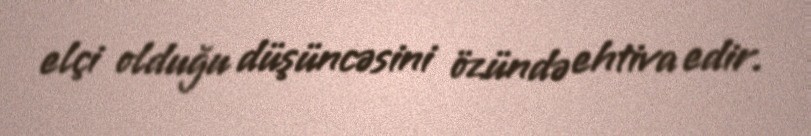
elçi olduğu düşüncəsini özündə ehtiva edir.